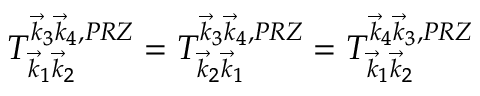
T _ { \vec { k } _ { 1 } \vec { k } _ { 2 } } ^ { \vec { k } _ { 3 } \vec { k } _ { 4 } , { P R Z } } = T _ { \vec { k } _ { 2 } \vec { k } _ { 1 } } ^ { \vec { k } _ { 3 } \vec { k } _ { 4 } , { P R Z } } = T _ { \vec { k } _ { 1 } \vec { k } _ { 2 } } ^ { \vec { k } _ { 4 } \vec { k } _ { 3 } , { P R Z } }